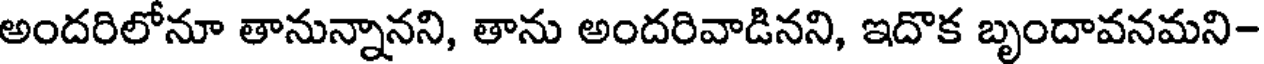
అందరిలోనూ తానున్నానని, తాను అందరివాడినని, ఇదొక బృందావనమని-